65_HS1-834228961_62-HQ-83894_Section_1
Agency: FBI
Page 64
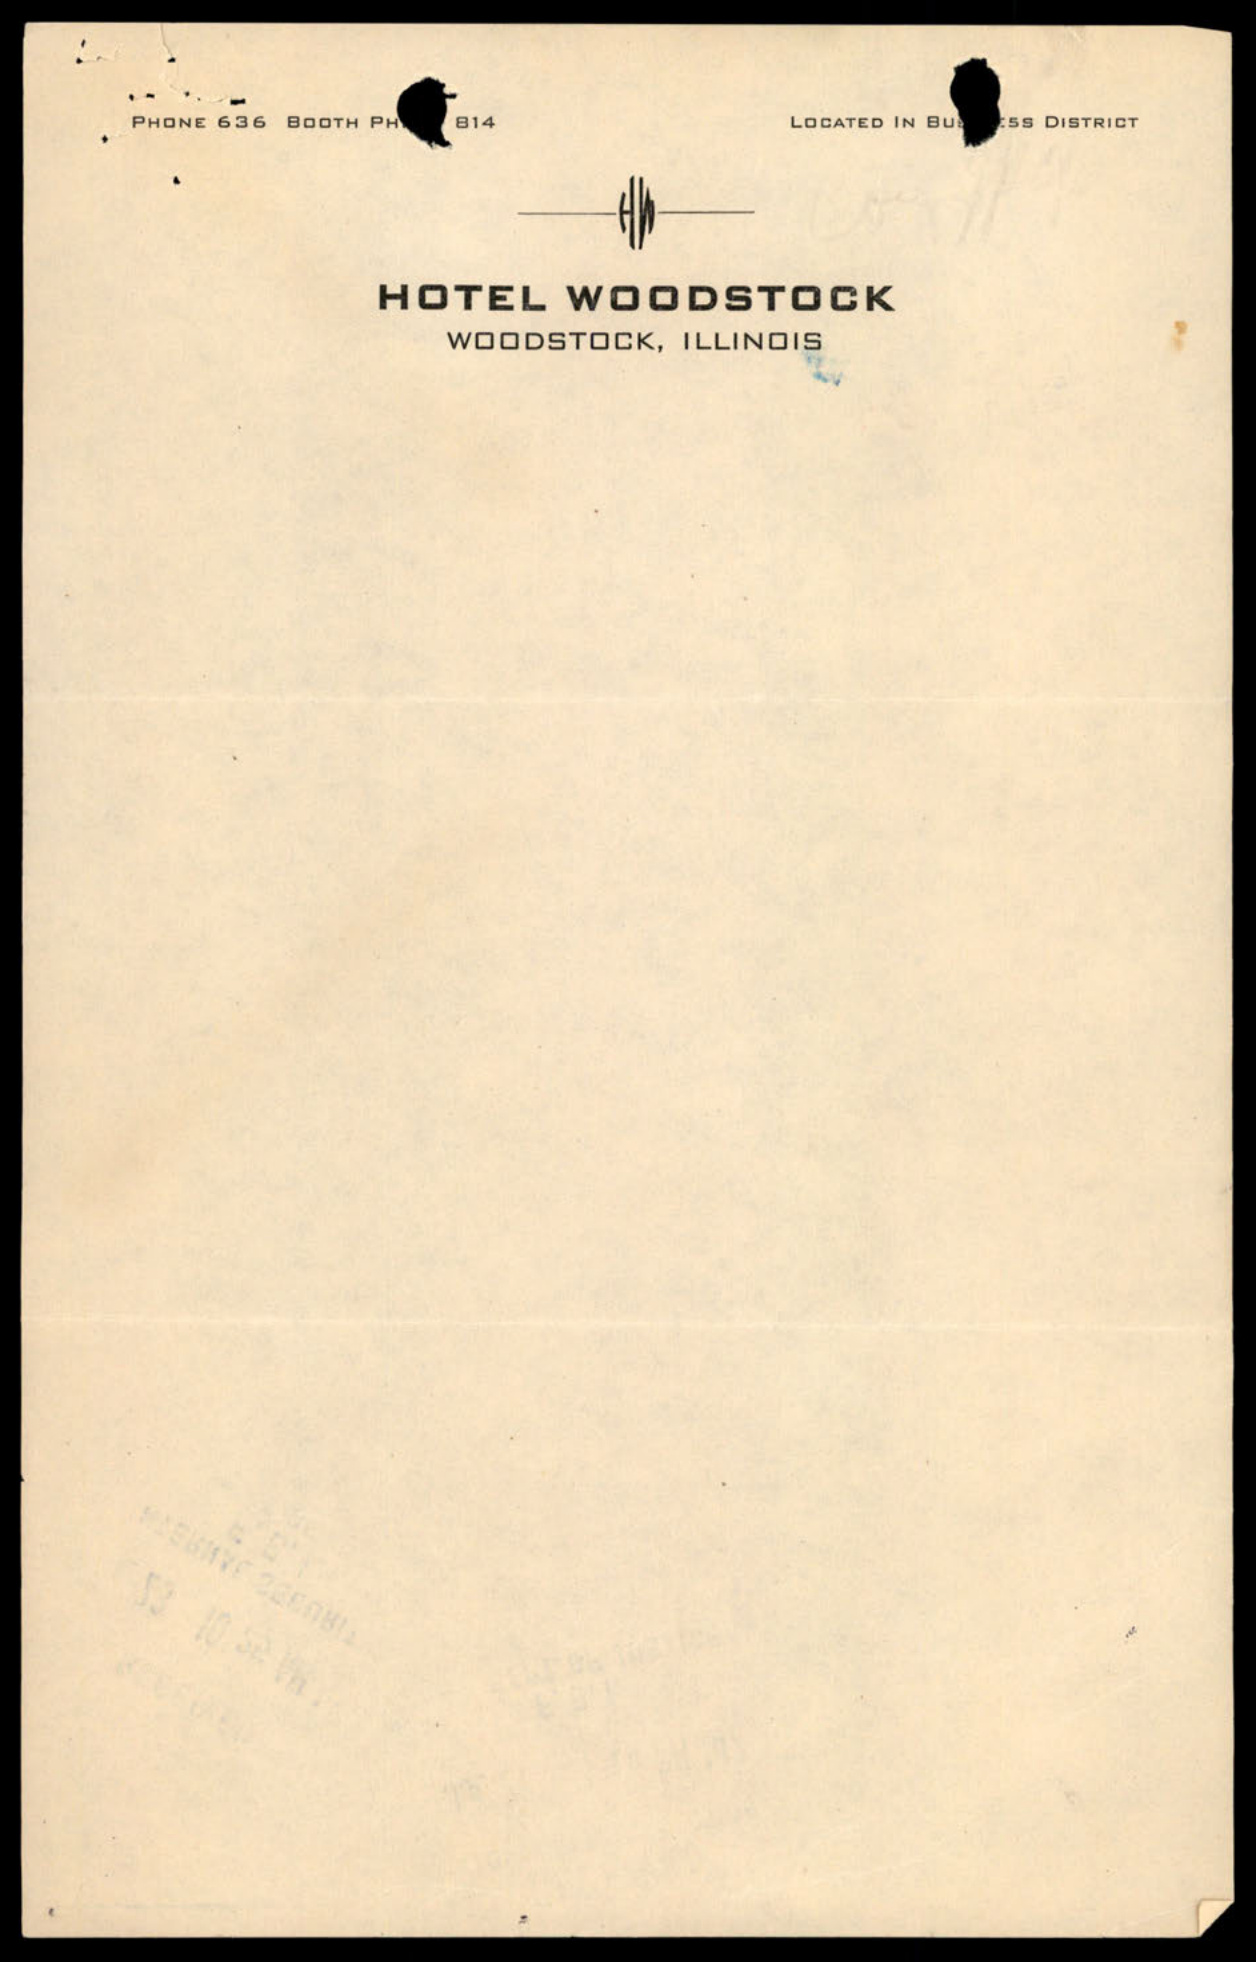